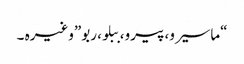
“ماسیرو، پیرو، ببلو، ربو”وغیرہ ۔